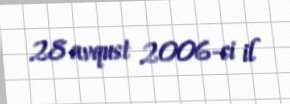
28 avqust 2006-ci il